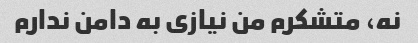
نه، متشکرم من نیازی به دامن ندارم